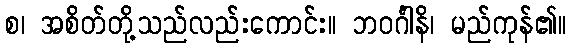
စ၊ အစိတ်တို့သည်လည်းကောင်း။ ဘဝင်္ဂါနိ၊ မည်ကုန်၏။